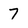
Character: 7